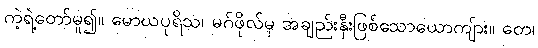
ကဲ့ရဲ့တော်မူ၍။ မောဃပုရိသ၊ မဂ်ဖိုလ်မှ အချည်းနှီးဖြစ်သောယောကျ်ား။ တေ၊